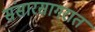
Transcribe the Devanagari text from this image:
संसारसागरात